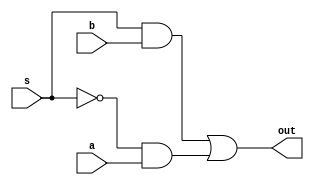
`timescale 1ns / 1ns // `timescale time_unit/time_precision


module mux_2_to_1(a, b, s, out);
	// 2-1 mux
	input a;
	input b;
	input s;
	
	output out;
	
	assign out = s & b | ~s & a;
endmodule

module full_adder(cin, a, b, sum, cout);
	input cin;
	input a;
	input b;
	
	output sum;
	output cout;
	
	wire AB;
	
	assign AB = a ^ b; // a XOR b
	
	mux_2_to_1 mux(.a(b), .b(cin), .s(AB), .out(cout)); // assigns cout to mux of b, cin, and wire AB
	
	assign sum = cin ^ AB; // cin XOR a XOR b

endmodule

module ripple_carry(A, B, cin, s, cout);
// logic of the ripple-carry adder
	input [3:0]A;
	input [3:0]B;
	input cin;
	output [3:0]s;
	output cout;
	wire [2:0]other_cin;
	
	full_adder adder_0(.cin(cin), .a(A[0]), .b(B[0]), .sum(s[0]), .cout(other_cin[0]));
	full_adder adder_1(.cin(other_cin[0]), .a(A[1]), .b(B[1]), .sum(s[1]), .cout(other_cin[1]));
	full_adder adder_2(.cin(other_cin[1]), .a(A[2]), .b(B[2]), .sum(s[2]), .cout(other_cin[2]));
	full_adder adder_3(.cin(other_cin[2]), .a(A[3]), .b(B[3]), .sum(s[3]), .cout(cout));
endmodule

module ripple_carry_display(SW, LEDR);
// display of the ripple-carry adder
	input [9:0]SW;
	output [9:0]LEDR;
	
	ripple_carry main_adder(.A(SW[7:4]), .B(SW[3:0]), .cin(SW[8]), .s(LEDR[3:0]), .cout(LEDR[9]));
endmodule